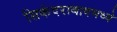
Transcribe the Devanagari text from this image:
सिकंदराबादमध्ये